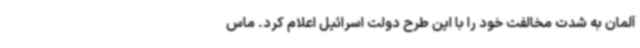
آلمان به شدت مخالفت خود را با این طرح دولت اسرائیل اعلام کرد. ماس